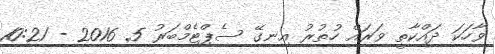
ވާހަކަ ދައްކާތީ ވަަރައް ހުތުރު އިނގޭ ސެޕްޓެމްބަރު 5